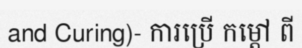
and Curing)- ការប្រើ កម្តៅ ពី